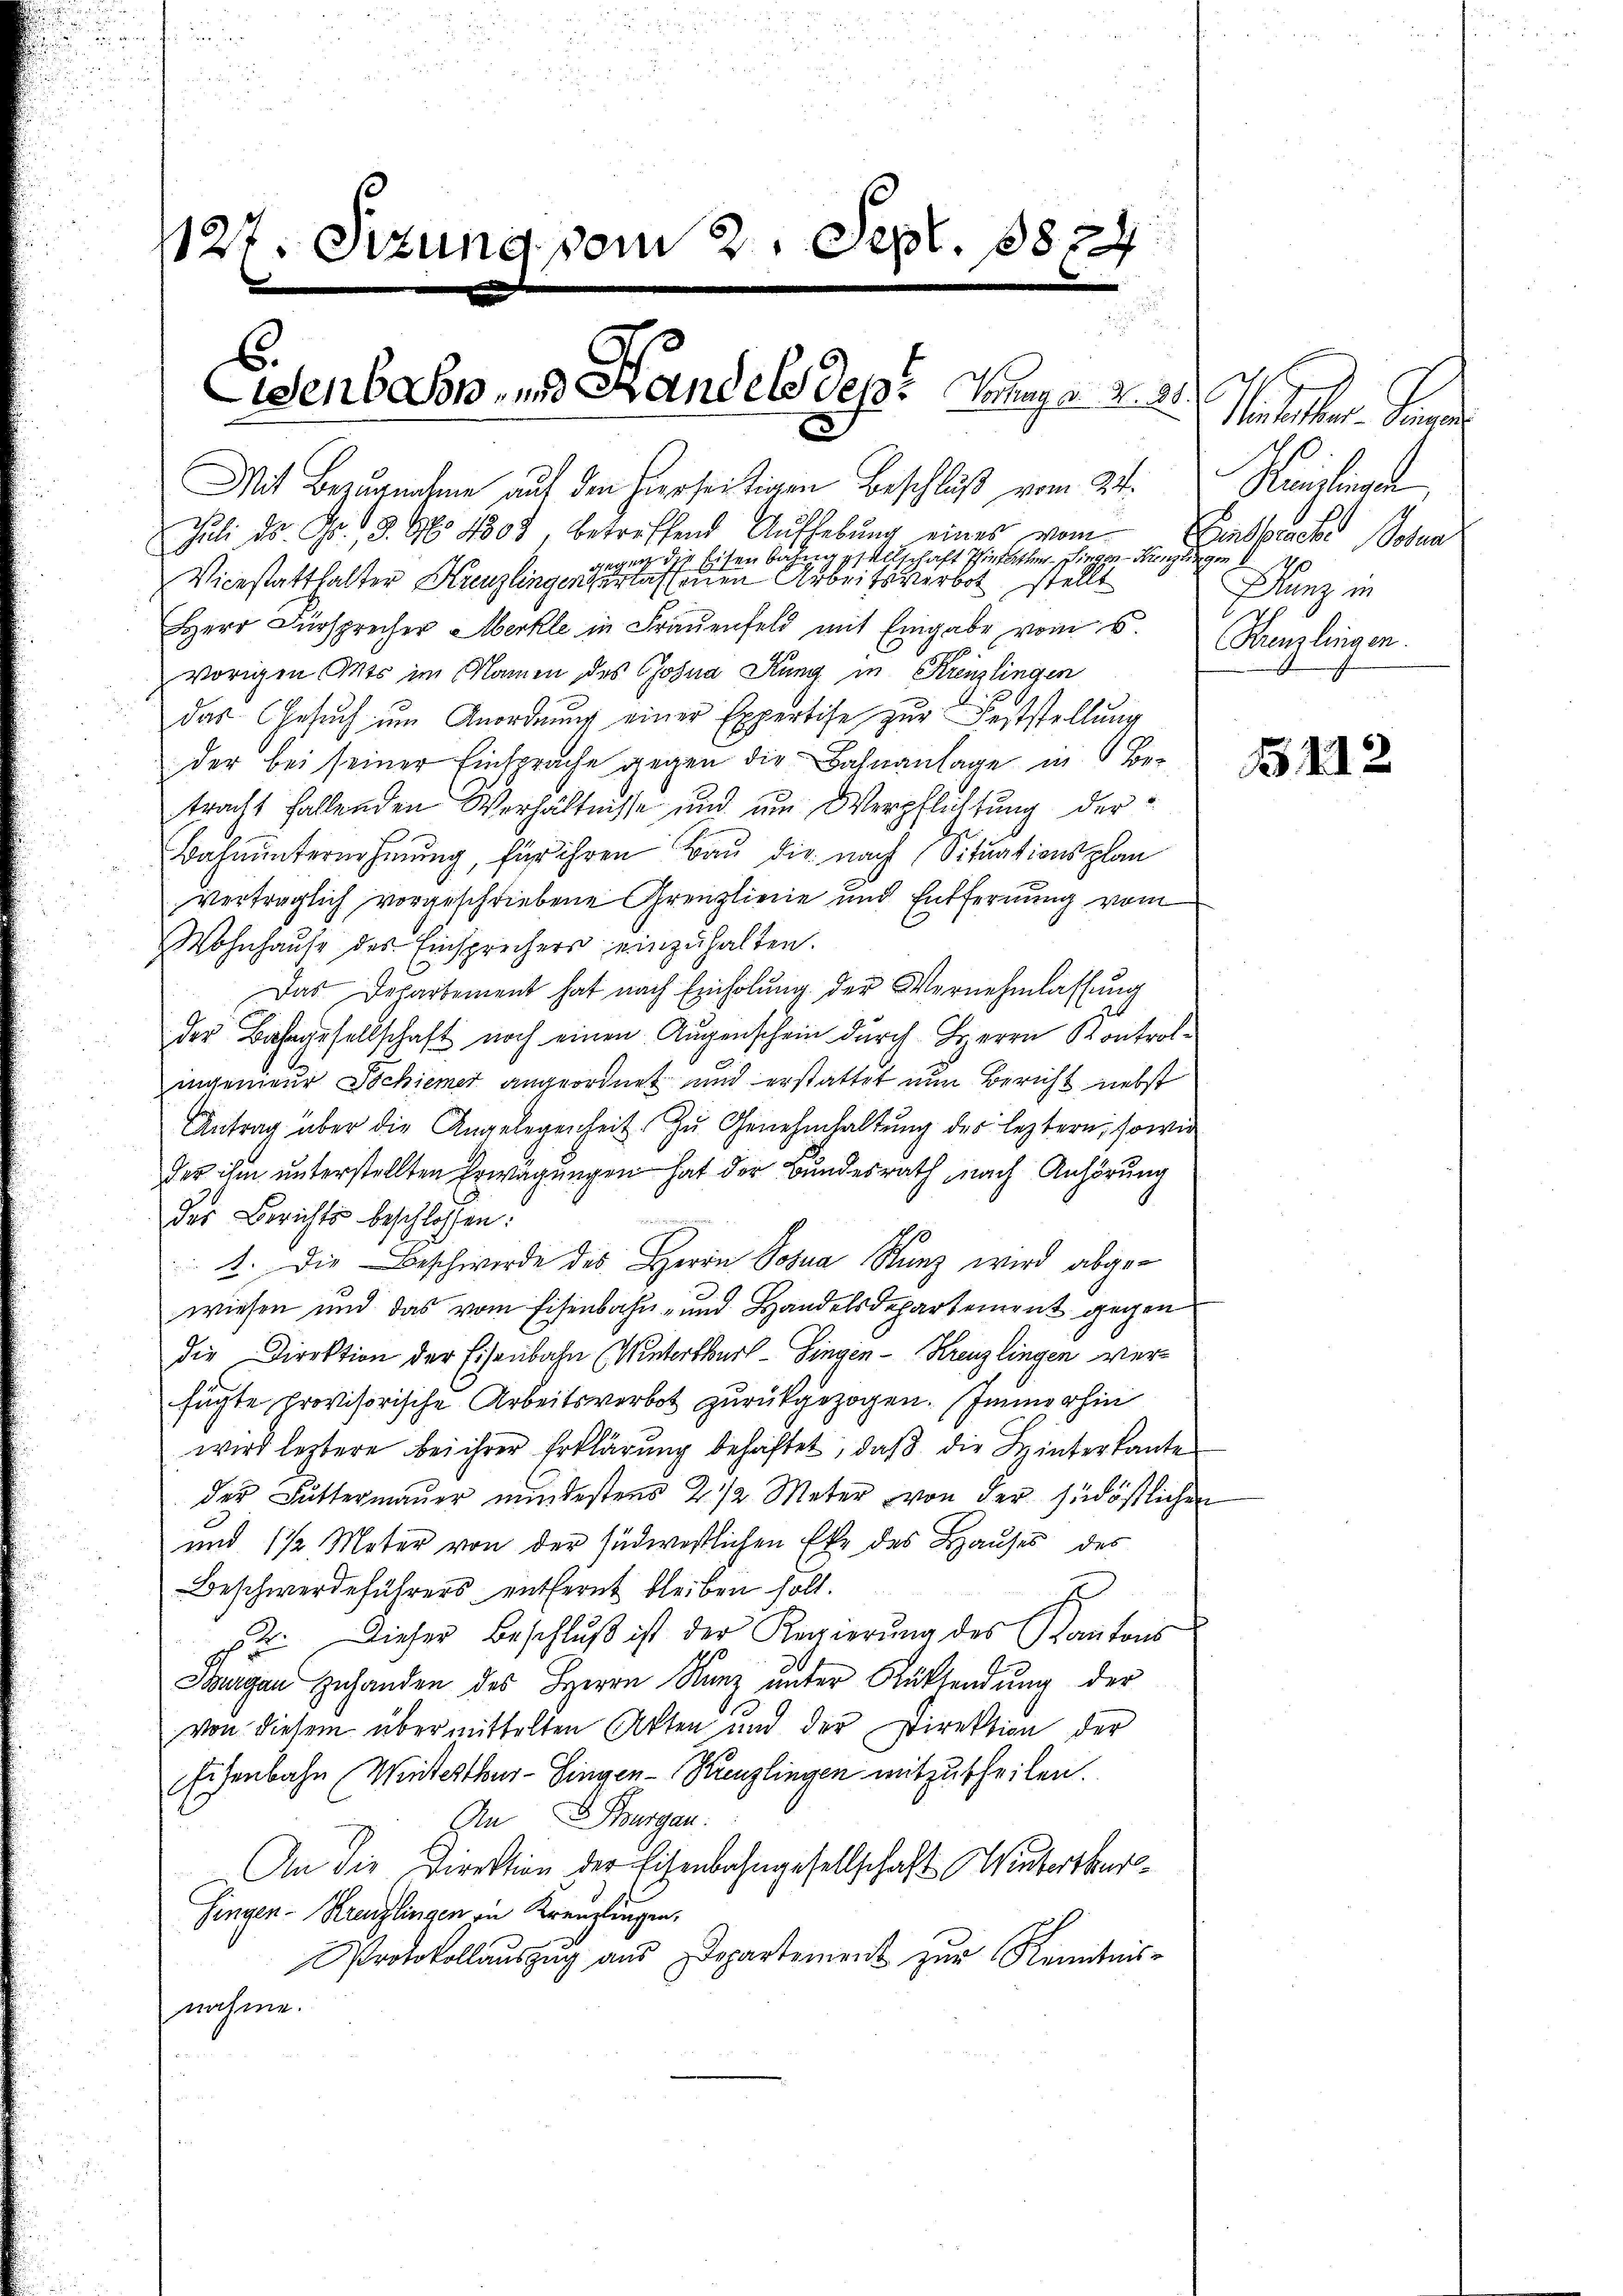
u
1127. Sizung vom 2. Sept. 8824
Eisenbahn- und Landels des Monay v. 2. 20.

Mit Bezugnahme auf den hierseitigen Beschluß vom 24.
Juli d. G. 19. No 4808, betreffend Aufhebŭng eines vom
 Eisenbahngesellschaft Thierathen Siegen-Kanzlingen
 114
Vicestatthalter Kanzlingen erlassenen Arbeitsverbot, stellt
Herr Fürsprecher Merkle in Frauenfeld mit Eingabe vom 6.
vorigen Amts im Namen des Johna Kung in Krenzlingen
das Gesuch um Anordnung einer Expertise zur Feststellung
der bei seiner Einsprache gegen die Bahnanlage in Betracht fallenden Verhältnisse und um Verpflichtung der¬
Bahnunternehmung, für ihren Bau die nach Situationsplan
verträglich vorgeschriebene Grenzliene und Entfernung vom
Wohnhause des Einsprechers einzuhalten.
Das Departement hat nach Einholung der Vernehmlassung
der Bahngesellschaft noch einen Augenschein durch Herrn Kontrolingenieur Schiener angeordnet und erstattet nun Bericht nebst
Antrag über die Angelegenheit. Zu Genehmhaltung des leztern, sowie
des ihm unterstellten Erwägungen hat der Bundesrath nach Anhörung
der Berichts beschlossen:
1. Die Beschwerde des Herrn Jona Stanz wird abgewiesen und das vom Eisenbahn- und Handelsdepartement gegen
die Direktion der Eisenbahn (Winterthur–Singen - Kreuzlingen verfügte, provisorische Arbeitsverbot zurückgezogen. Immerhin
wird leztere bei ihrer Erklärung behaftet, daß die Hinterkante
der Futtermauer mindestens 2 1/2 Meter von der südöstlichen
und 1 1/2 Meter von der südwestlichen Ehe des Haŭses des
Beschwerdeführers entfernt bleiben holt.
h
2. Dieser Beschluß ist der Regierung des Kantons
Bangen Zuhanden des Herrn Kanz unter Rücksendung der
von diesem übermittelten Akten und der Direktion der
Eisenbahn Winterthur–Singen-Kreuzlingen mitzutheilen.
An LBurgau.
An die Direktion der Eisenbahngesellschaft Winterthur¬
Fingen-Kreuzlingen in Kreuzlingen,
Protokollauszug aus Departement zur Kenntnis-
nahme.

Pater de
Seilende
Ginsbesche Boten
Kunz in
.
Krenzlingen.

B 112.